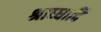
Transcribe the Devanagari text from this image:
श्राध्धादि